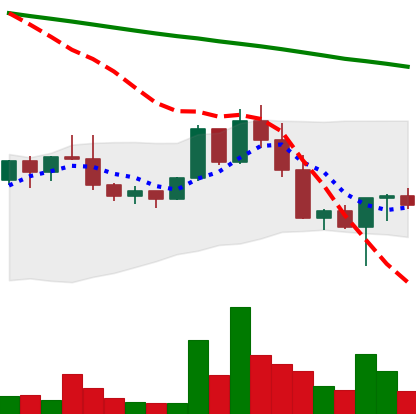
Ticker: NEO-USD
Chart end date: 2022-02-26
Forward return: 12.559%
Label: up_7plus